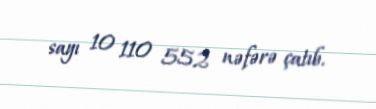
sayı 10 110 552 nəfərə çatıb.